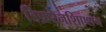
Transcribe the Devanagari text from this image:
डिफ़रेनशिएशन